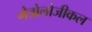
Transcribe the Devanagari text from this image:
मेत्रोलोजीकल